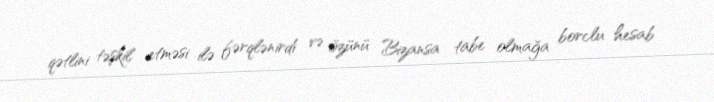
qətlini təşkil etməsi ilə fərqlənirdi və özünü Bizansa tabe olmağa borclu hesab